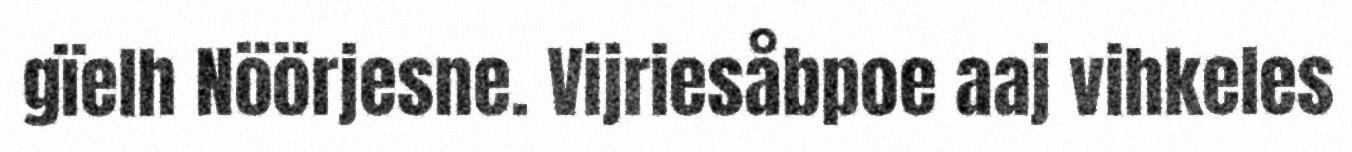
gïelh Nöörjesne. Vijriesåbpoe aaj vihkeles